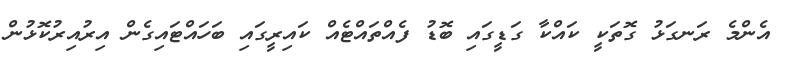
އެންމެ ރަނގަޅު ގޮތަކީ ކައްކާ ގަޑީގައި ބޮޑު ފެއްތައްޓެއް ކައިރީގައި ބަހައްޓައިގެން އިރުއިރުކޮޅުން